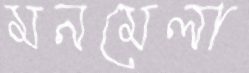
মনমেলা